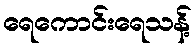
ရေကောင်းရေသန့်